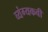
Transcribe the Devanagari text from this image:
व्यंग्यकवी